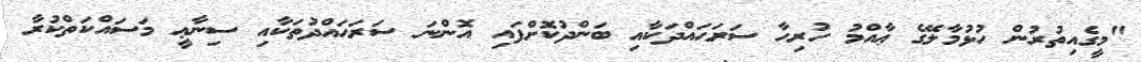
"މީގެއިތުރުން ހުޅުމާލޭގެ ޢާއްމު ހުރިހާ ސަރަޙައްދަކާއި ބަންދުކޮށްފައި އޮންނަ ސަރަޙައްދުތަކާއި ސިނާޢީ މަސައްކަތްކުރާ